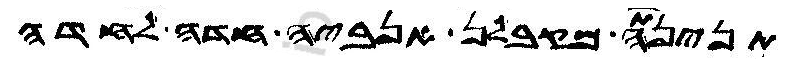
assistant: תנינתה מקבלן אנביה חדה לחדה